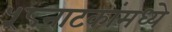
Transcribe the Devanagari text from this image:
५८नाटकांमध्ये